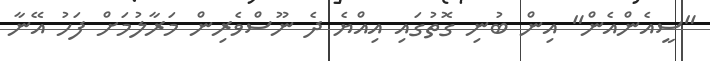
"ސީއެންއެން" އިން ބުނި ގޮތުގައި އިއްޔެ ދެ ނޫސްވެރިން މަރާލުމަށް ފަހު އޭނާ